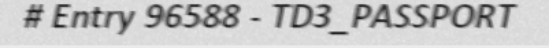
# Entry 96588 - TD3_PASSPORT